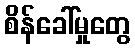
စိန်ခေါ်မှုတွေ